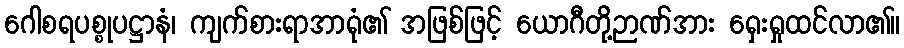
ဂေါစရပစ္စုပဋ္ဌာနံ၊ ကျက်စားရာအာရုံ၏ အဖြစ်ဖြင့် ယောဂီတို့ဉာဏ်အား ရှေးရှုထင်လာ၏။